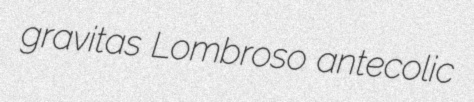
gravitas Lombroso antecolic